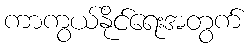
ကာကွယ်နိုင်ရေးအတွက်